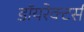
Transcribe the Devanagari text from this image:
डॉयरेक्टर्स